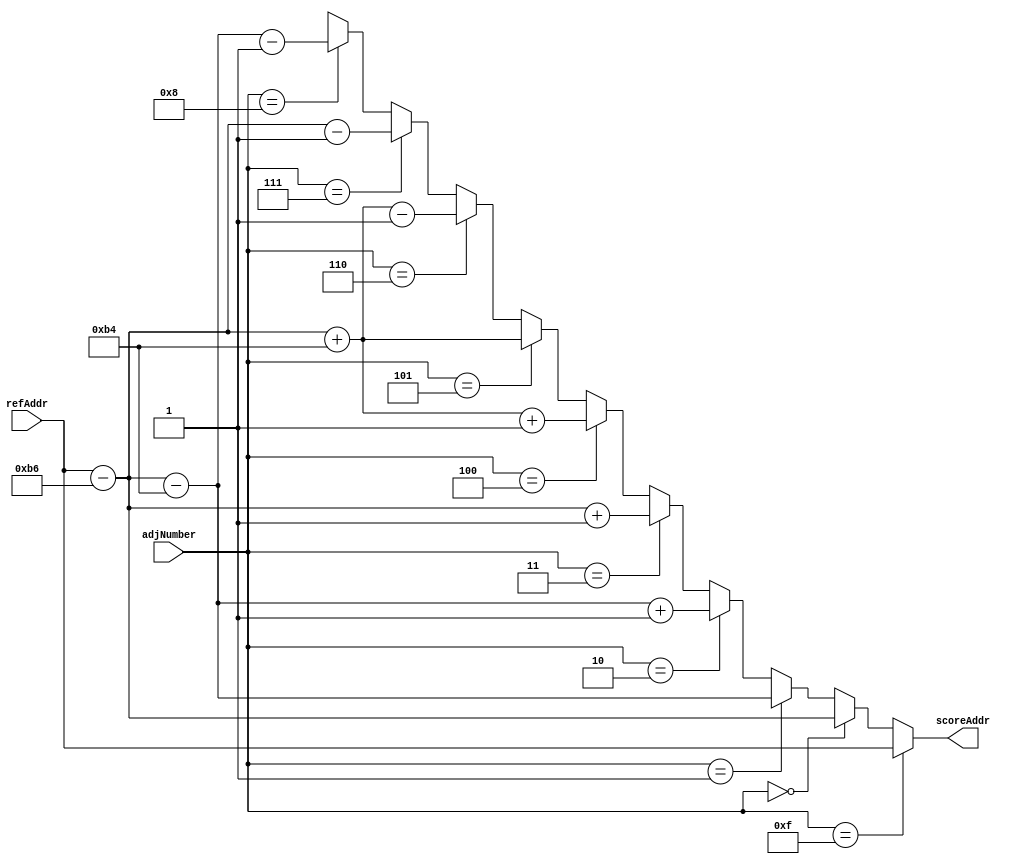
`define COLUMNS 8'd180
`define ROWS 8'd120

module NMS_AddrCal (refAddr, adjNumber, scoreAddr);
	input [14:0] refAddr; // 
	input [3:0] adjNumber; //  8  
	output [14:0] scoreAddr; // Score Memory Input 
	
	assign scoreAddr =
		(adjNumber == 4'd15) ? refAddr : //  Score Memory Addr
		(adjNumber == 4'd0) ? refAddr - 182 : //  
		(adjNumber == 4'd1) ? refAddr - 182 - `COLUMNS : // 1
		(adjNumber == 4'd2) ? refAddr - 182 - `COLUMNS + 1 : // 2
		(adjNumber == 4'd3) ? refAddr - 182 + 1 : // 3
		(adjNumber == 4'd4) ? refAddr - 182 + `COLUMNS + 1 : // 4
		(adjNumber == 4'd5) ? refAddr - 182 + `COLUMNS : // 5
		(adjNumber == 4'd6) ? refAddr - 182 + `COLUMNS - 1 : // 6
		(adjNumber == 4'd7) ? refAddr - 182 - 1 : // 7
		(adjNumber == 4'd8) ? refAddr - 182 - `COLUMNS - 1 : 15'bx; // 8
endmodule